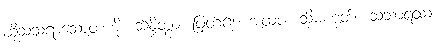
ထိုသံသရာသောတကို။ ဆိန္ဒိတွာ၊ ဖြတ်၍။ အထဝါ၊ သို့မဟုတ်။ သသာရဿ၊